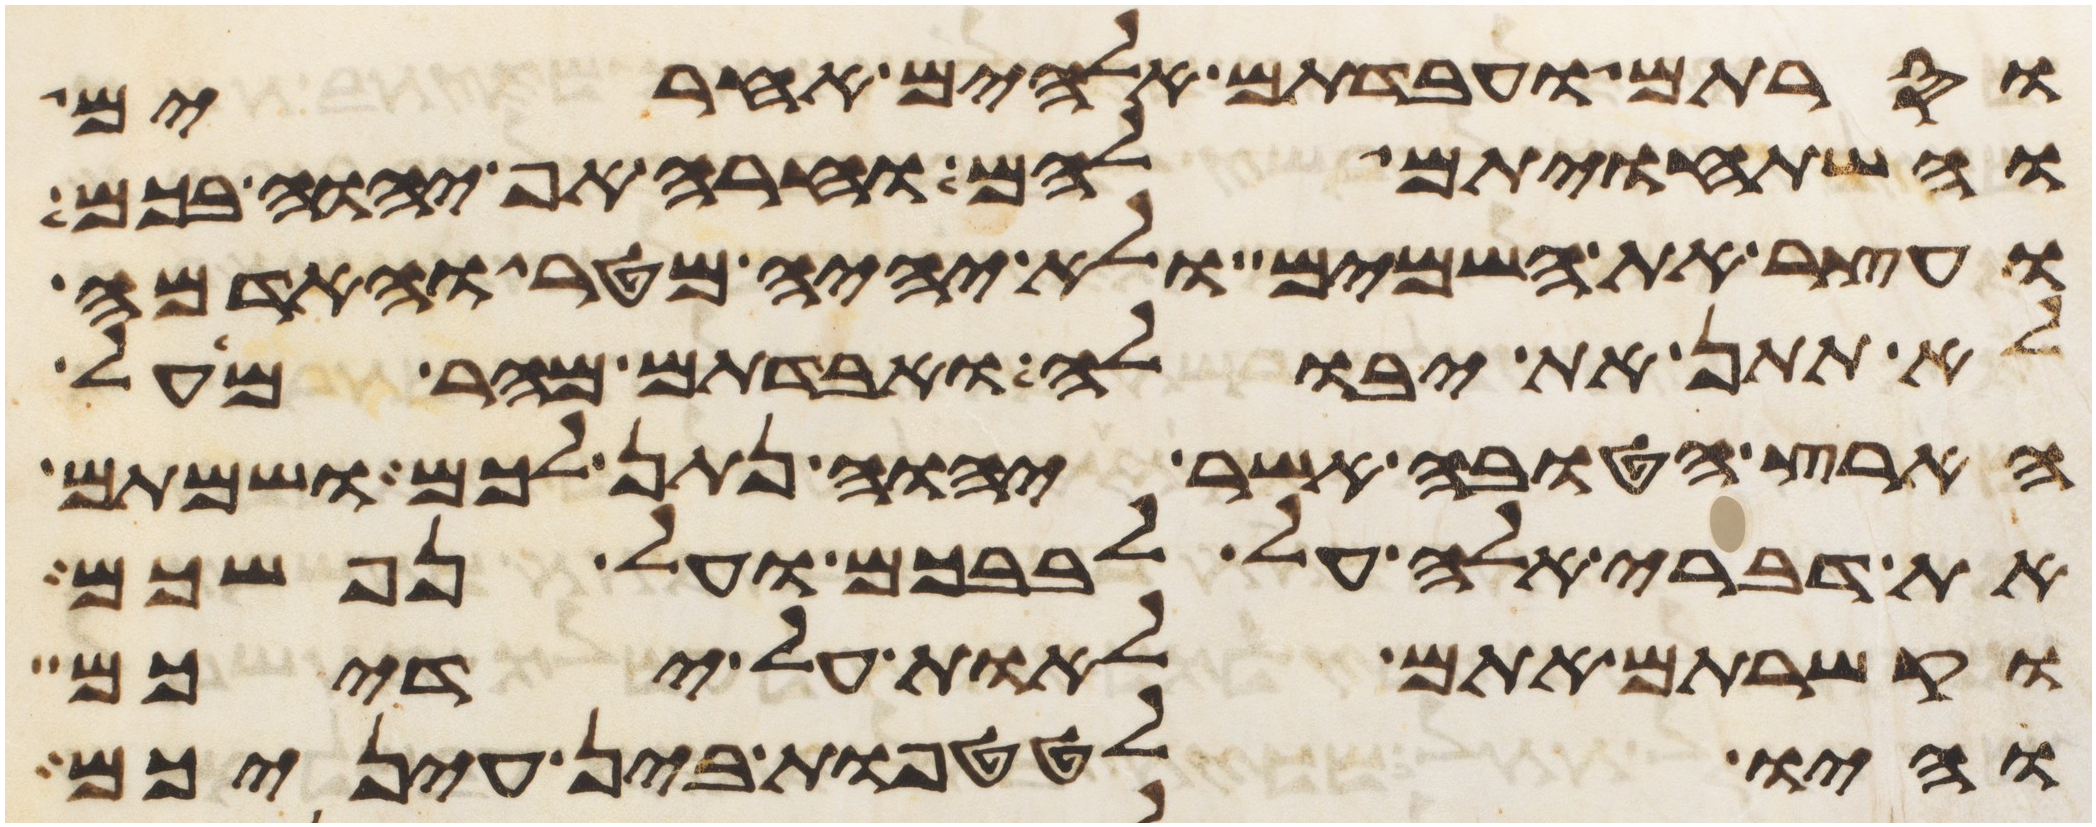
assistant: וסרתם ועבדתם אלהים אחרים
והשתחויתם להם וחרה אף יהוה בכם
ועצר את השמים ולא יהיה מטר והאדמה
לא תתן את יבולה ואבדתם מהר מעל
הארץ הטובה אשר יהוה נתן לכם ושמתם
את דברי אלה על לבבכם ועל נפשכם
וקשרתם אתם לאות על ידיכם
והיו לטטפות בין עיניכם